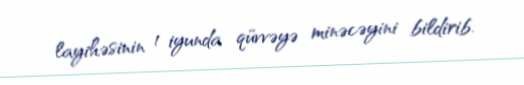
layihəsinin 1 iyunda qüvvəyə minəcəyini bildirib.